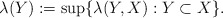
\begin{align*}\lambda(Y) :=\sup\lbrace\lambda(Y,X):Y\subset X\rbrace.\end{align*}